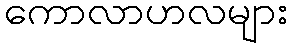
ကောလာဟလများ